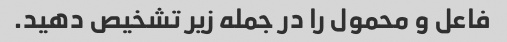
فاعل و محمول را در جمله زیر تشخیص دهید.